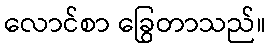
လောင်စာ ခြွေတာသည်။